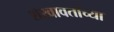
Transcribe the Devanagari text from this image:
शेखावतांच्या